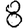
Digit: 8